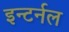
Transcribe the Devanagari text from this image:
इन्टर्नल